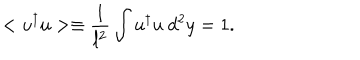
LaTeX: < u ^ { \dagger } u > \equiv \frac { 1 } { l ^ { 2 } } \int u ^ { \dagger } u \mathrm { ~ } d ^ { 2 } y = 1 .